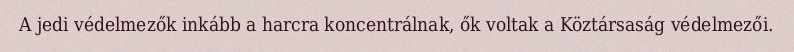
A jedi védelmezők inkább a harcra koncentrálnak, ők voltak a Köztársaság védelmezői.